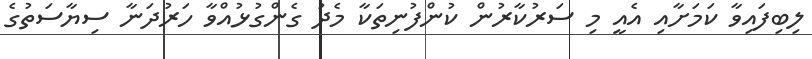
ލިބިފައިވާ ކަމަށާއި އެއީ މި ސަރުކާރުން ކުންފުނިތަކާ މެދު ގެންގުޅުއްވާ ހަރުދަނާ ސިޔާސަތުގެ